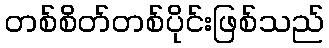
တစ်စိတ်တစ်ပိုင်းဖြစ်သည်